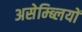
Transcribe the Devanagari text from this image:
असेम्ब्लियों